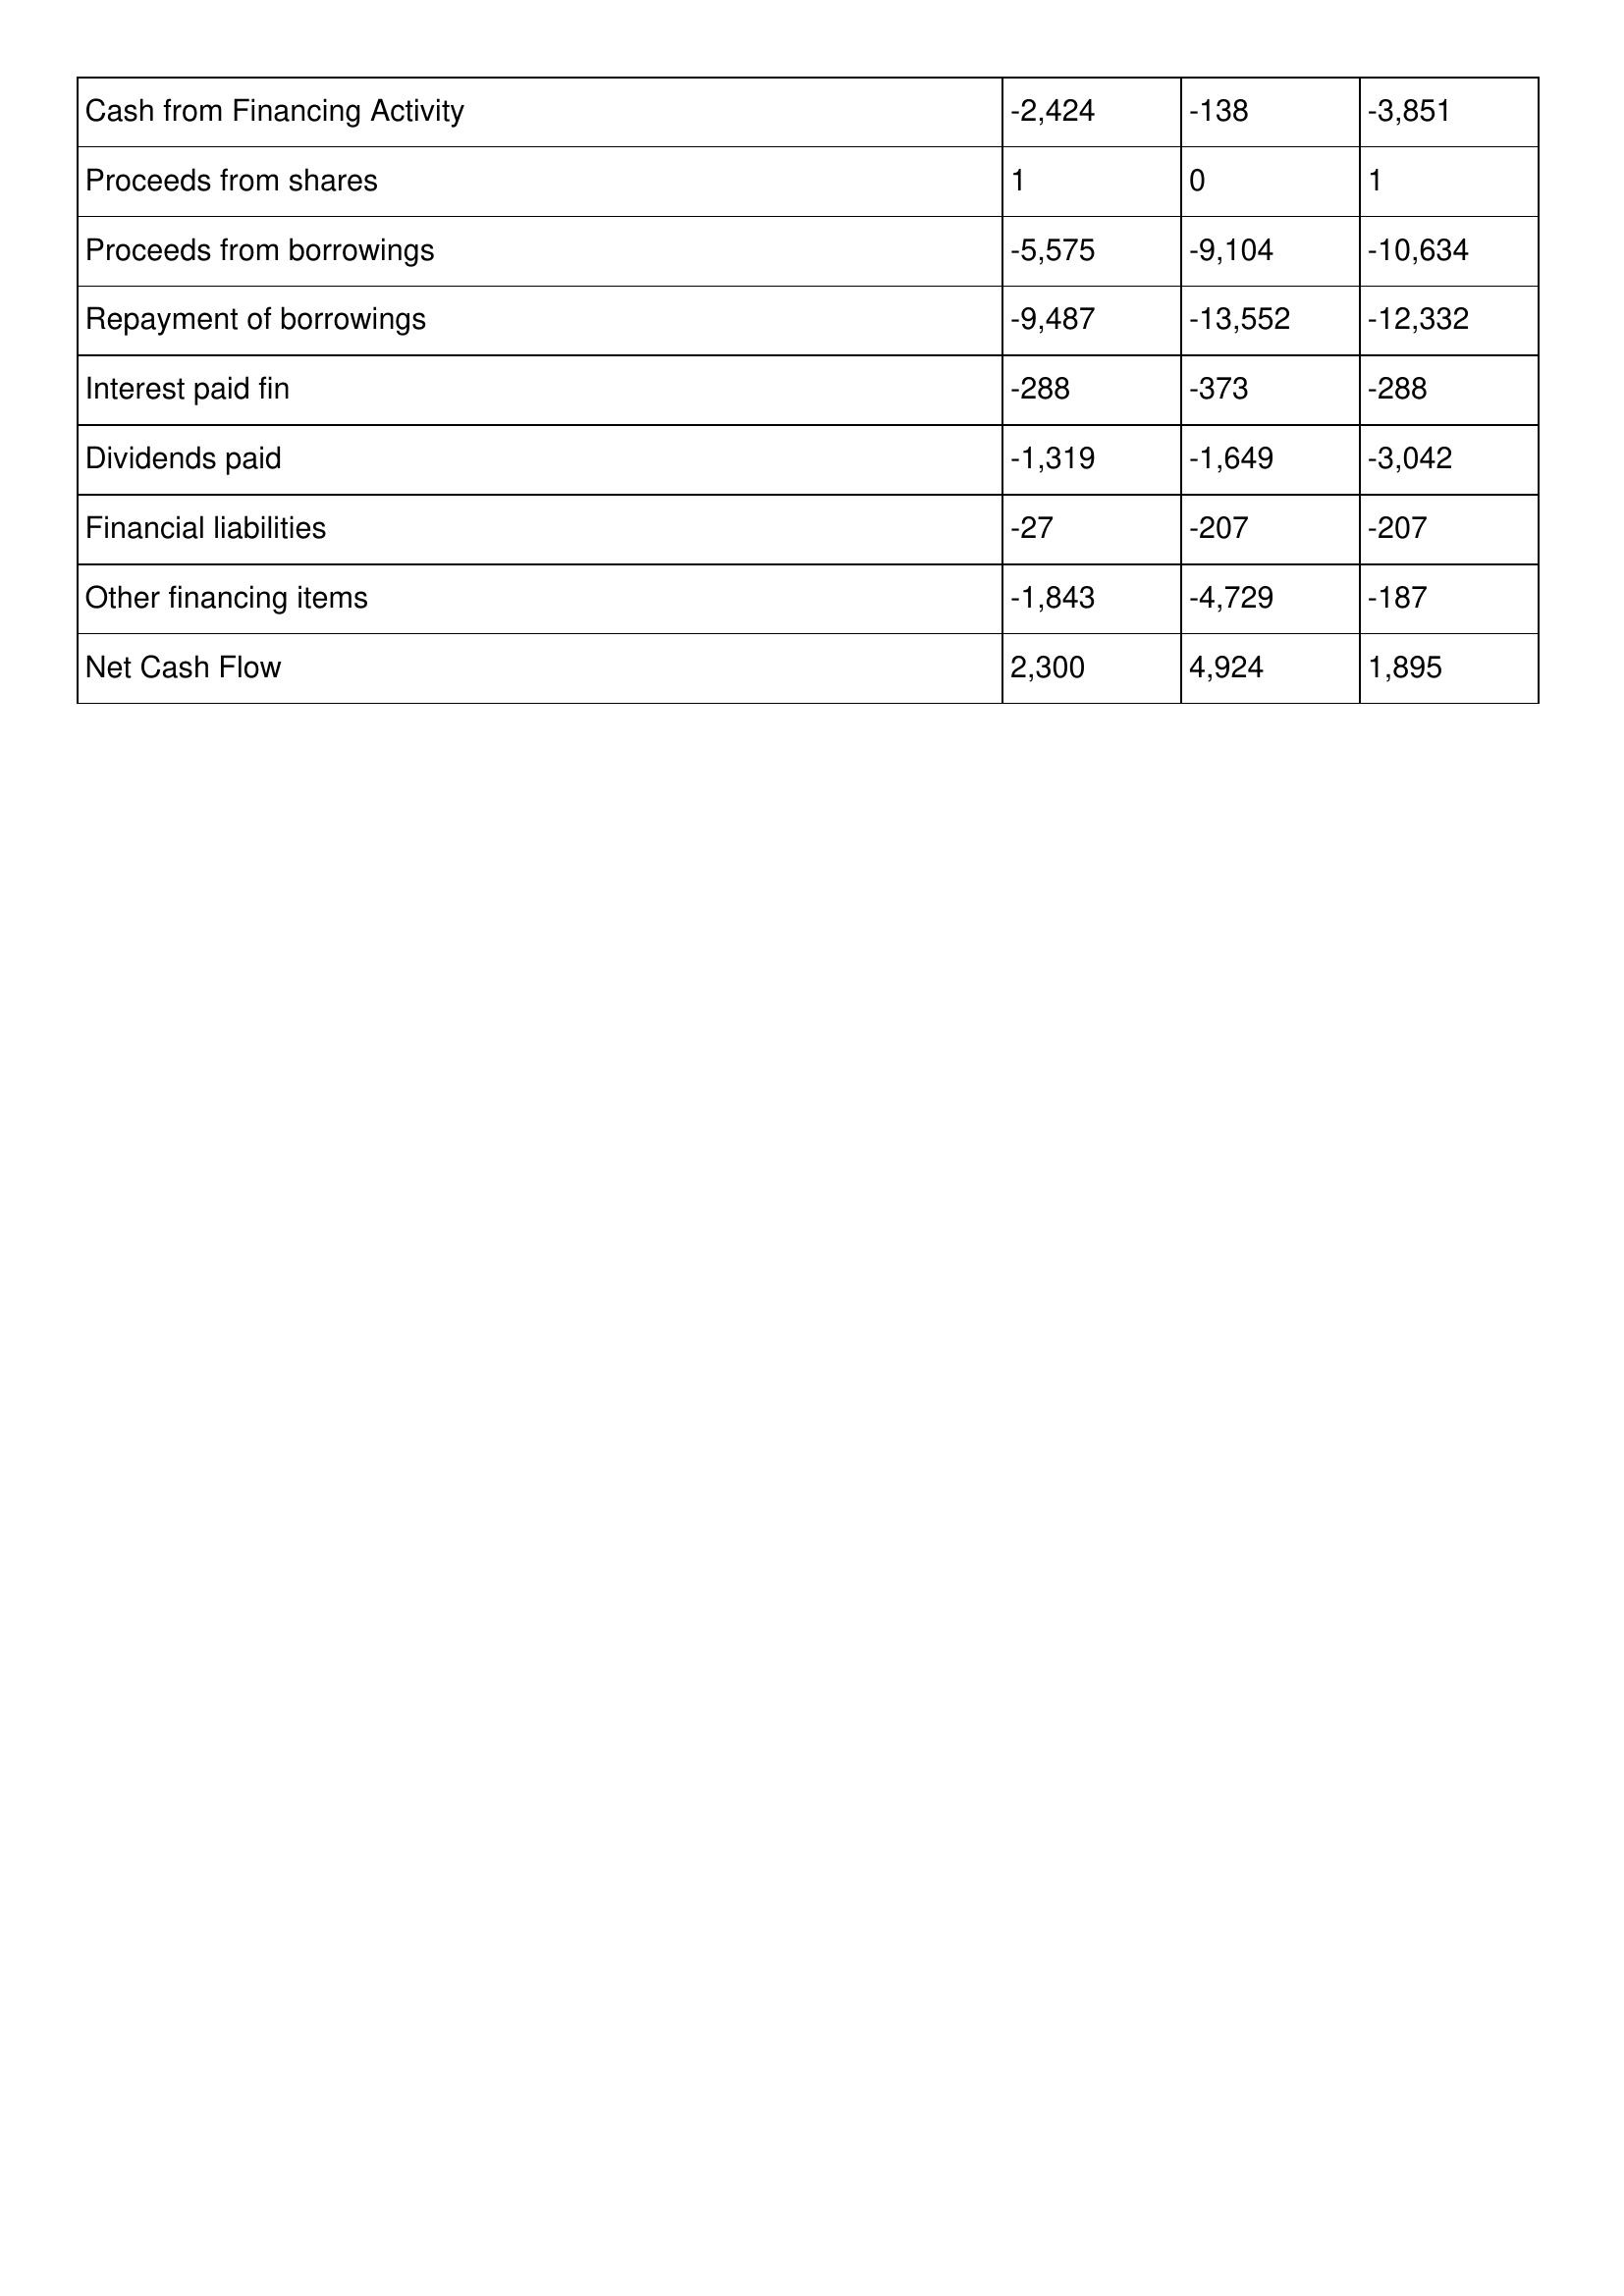
gt_parse: 2007: Cash Flows: Cash from Financing Activity: -2,424
Proceeds from shares: 1
Proceeds from borrowings: -5,575
Repayment of borrowings: -9,487
Interest paid fin: -288
Dividends paid: -1,319
Financial liabilities: -27
Other financing items: -1,843
Net Cash Flow: 2,300
2006: Cash Flows: Cash from Financing Activity: -138
Proceeds from shares: 0
Proceeds from borrowings: -9,104
Repayment of borrowings: -13,552
Interest paid fin: -373
Dividends paid: -1,649
Financial liabilities: -207
Other financing items: -4,729
Net Cash Flow: 4,924
2005: Cash Flows: Cash from Financing Activity: -3,851
Proceeds from shares: 1
Proceeds from borrowings: -10,634
Repayment of borrowings: -12,332
Interest paid fin: -288
Dividends paid: -3,042
Financial liabilities: -207
Other financing items: -187
Net Cash Flow: 1,895